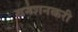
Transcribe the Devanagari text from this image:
बनशनकरी